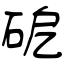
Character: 砨